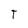
Character: T